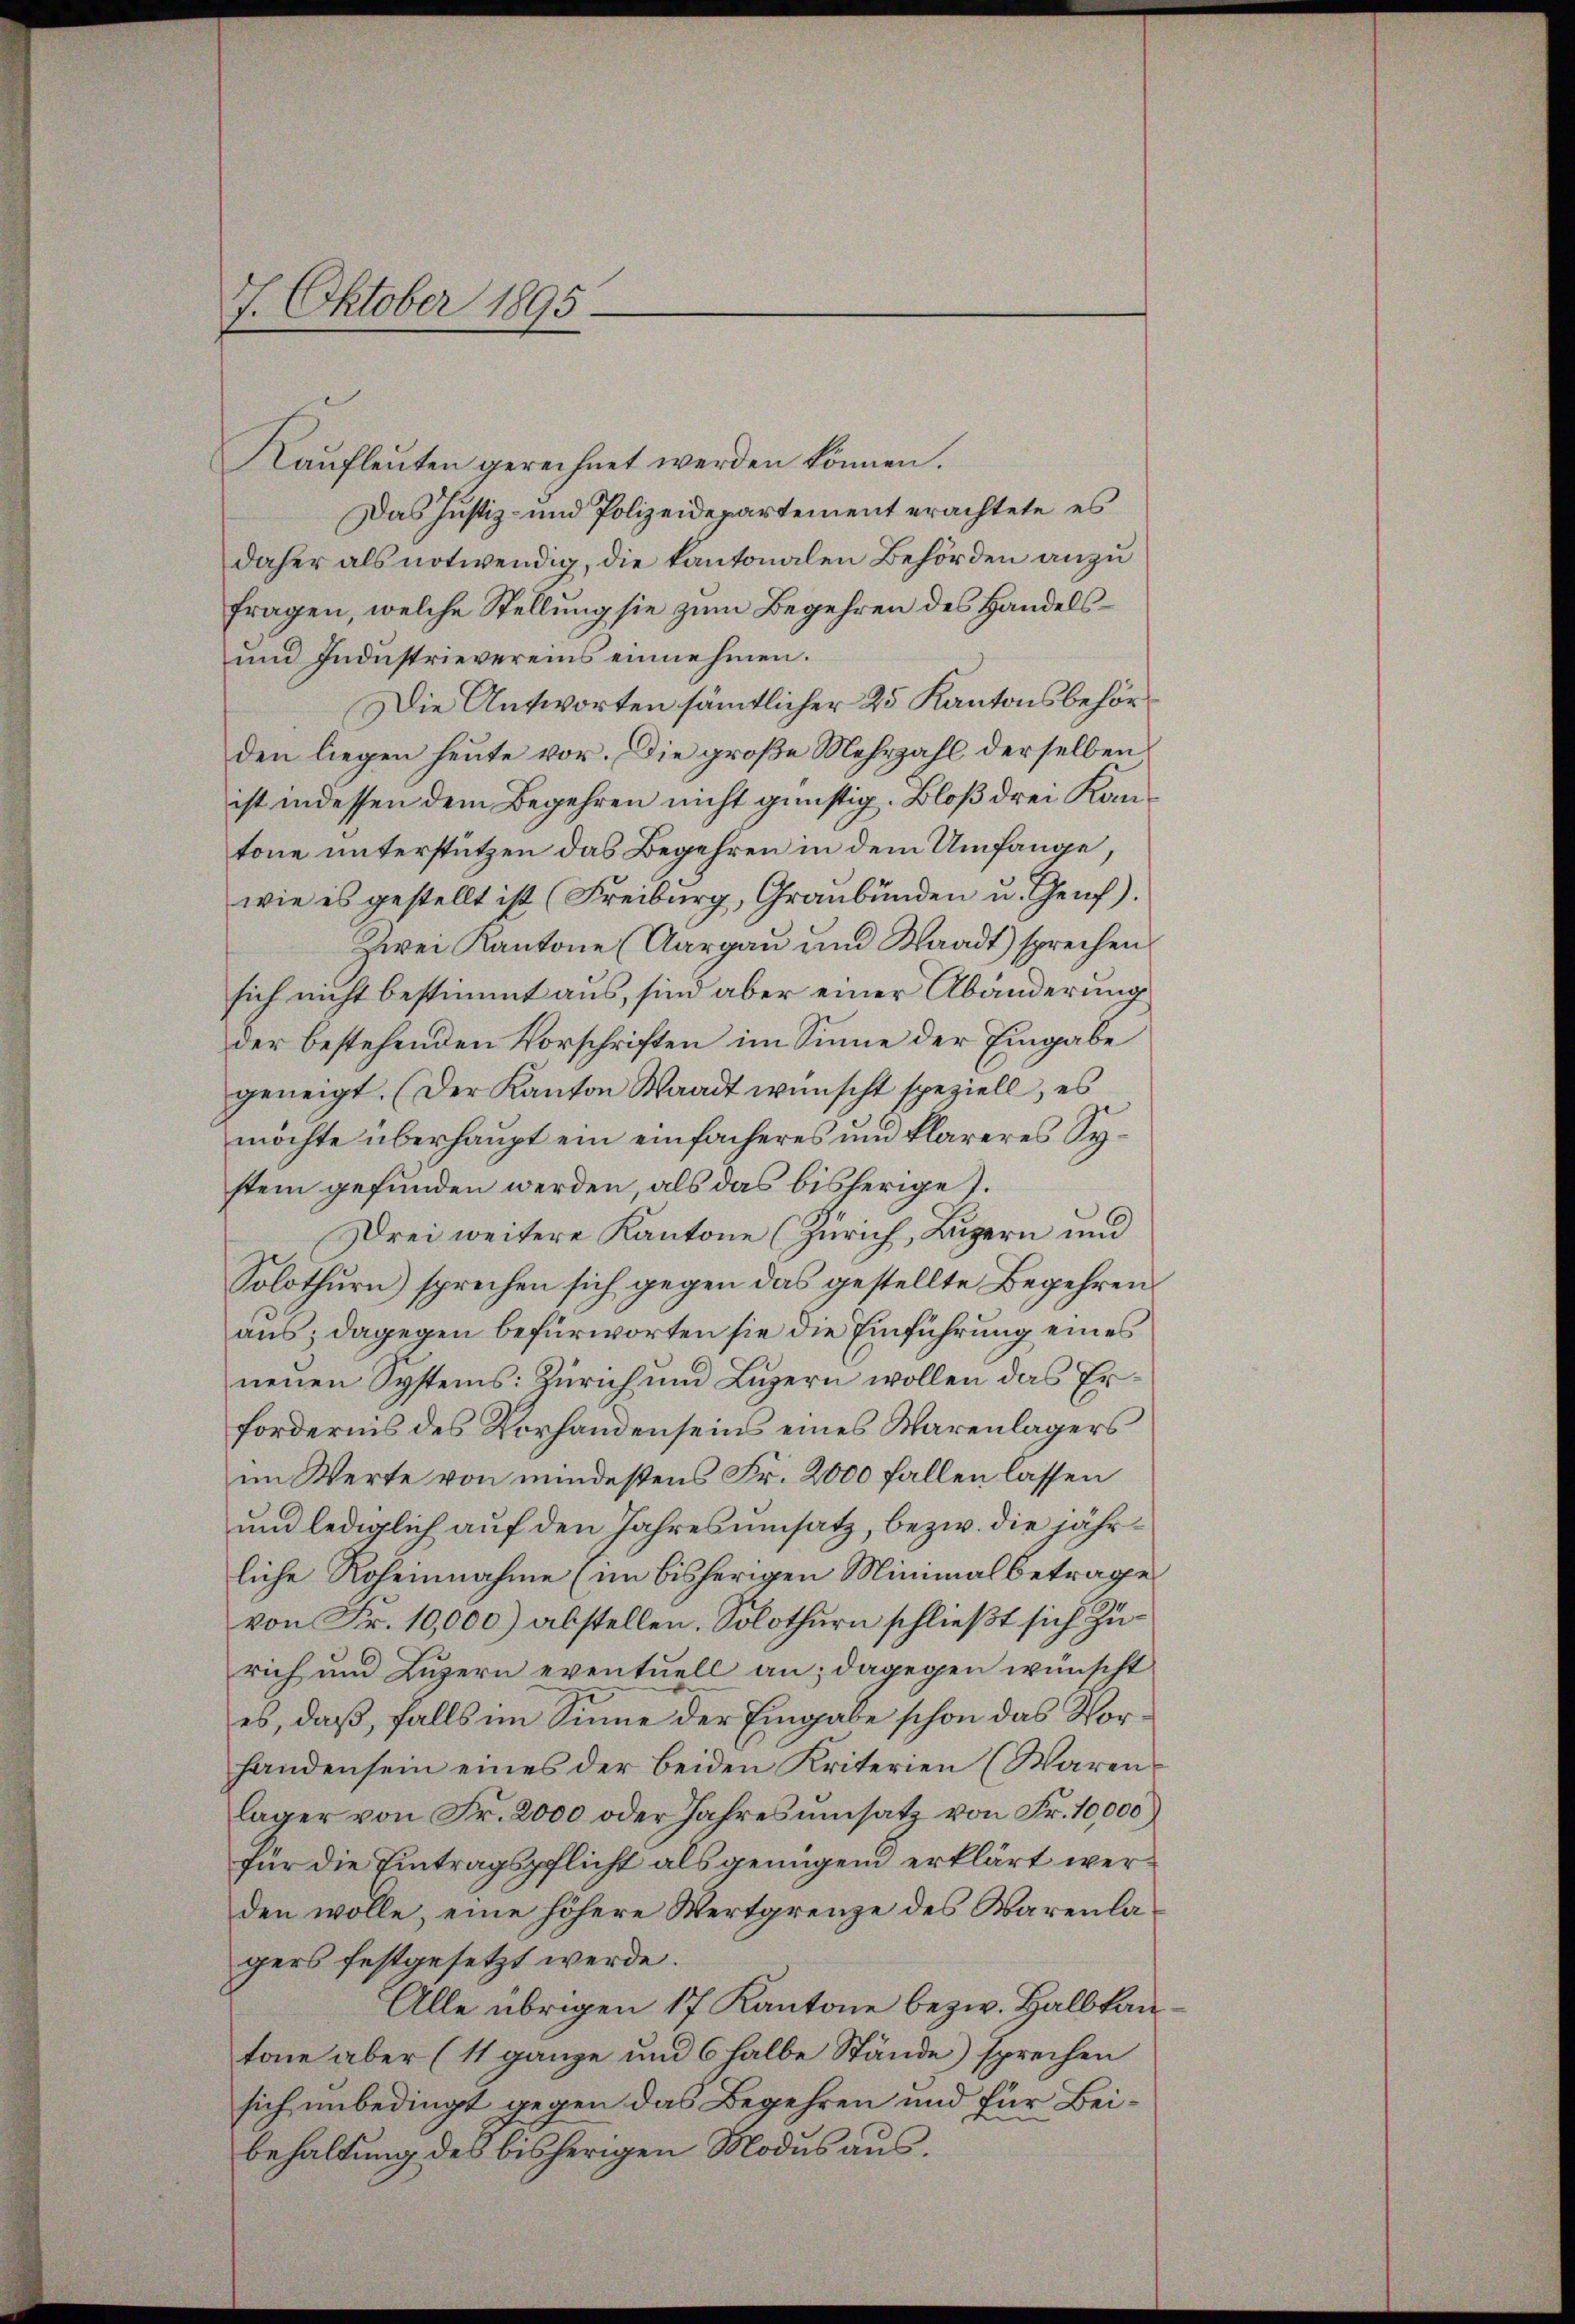
7. Oktober 1895.

Kaufleuten gerechnet werden können.
Das Justiz- und Polizeidepartement erachtete es
daher als notwendig, die Kantonalen Behörden anzufragen, welche Stellung sie zum Begehren des Handels¬
und Industrievereins einnehmen.
Die Antworten sämtlicher 25 Kantonsbehörden liegen heute vor. Die große Mehrzahl derselben
ist indessen dem Begehren nicht günstig. Bloß drei Kantone unterstützen das Begehren in dem Umfange,
wie es gestellt ist (Freiburg, Graubünden u. Genf).
Zwei Kantone (Aargau und Waadt) sprechen
sich nicht bestimmt aus, sind aber einer Abänderung
der bestehenden Vorschriften im Sinne der Eingabe
geneigt. (Der Kanton Waadt wünscht speziell, es
möchte überhaupt ein einfacheres und klareres System gefunden werden, als das bisherige.
Drei weitere Kantone (Zürich, Luzern und
Solothurn) sprechen sich gegen das gestellte Begehren
aus; dagegen befürworten sie die Einführung eines
neuen Systems: Zürich und Luzern wollen das Erfordernis des Vorhandenseins eines Warenlagers
im Werte von mindestens Fr. 2000 fallen lassen
und lediglich auf den Jahresumsatz, bezw. die jährliche Roheinnahme (im bisherigen Minimal betrage
von Fr. 10,000) abstellen. Solothurn schließt sich Zurich und Luzern eventuell an; dagegen wünscht
es, daß, falls im Sinne der Eingabe schon das Vorhanden sein eines der beiden Kriterien (Waren
läger von Fr. 2000 oder Jahresŭmsatz von Fr. 10,000)
für die Eintragspflicht als genügend erklärt werden wolle, eine höhere Wertgrenze des Warenlagers festgesetzt werde.
Alle übrigen 17 Kantone bezw. Halbkantone aber (11 ganze und 6 halbe Stände) sprechen
sich unbedingt gegen das Begehren und für Beibehaltung des bisherigen Modus aus¬